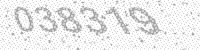
Solution: 038319